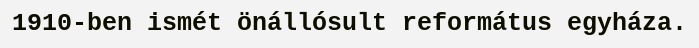
1910-ben ismét önállósult református egyháza.